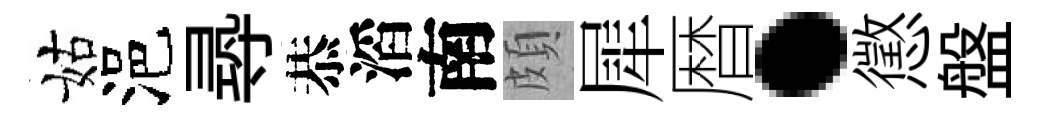
姑浥𡬶恭滔南頗犀暦·懲盤